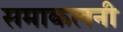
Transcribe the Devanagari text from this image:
समाकलनी